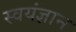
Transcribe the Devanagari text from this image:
स्वयंज्ञान